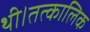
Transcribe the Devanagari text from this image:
थी।तत्कालिक